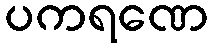
ပကရဏေ